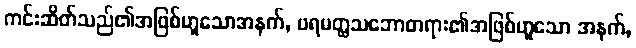
ကင်းဆိတ်သည်၏အဖြစ်ဟူသောအနက်, ပရမတ္ထသဘောတရား၏အဖြစ်ဟူသော အနက်,